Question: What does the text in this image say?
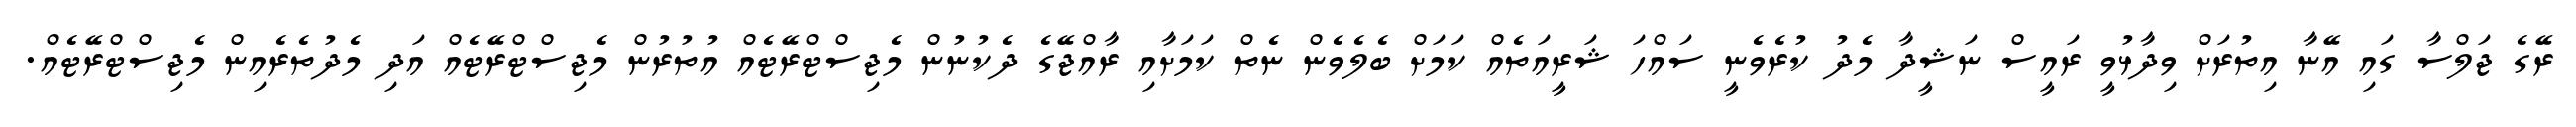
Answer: ރޭގެ ޖަލްސާ ގައި އޭނާ އިތުރަށް ވިދާޅުވީ ރައީސް ނަޝީދާ މެދު ކުރެވެނީ ސައްހަ ޝަރީއަތެއް ކަމަށް ބެލެވެން ނެތް ކަމަށާއި ރާއްޖޭގެ ދެކުނުން މެޖިސްޓްރޭޓެއް އުތުރުން މެޖިސްޓްރޭޓެއް އަދި މެދުތެރެއިން މެޖިސްޓްރޭޓެއް.